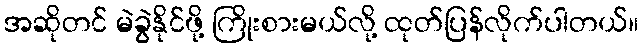
အဆိုတင် မဲခွဲနိုင်ဖို့ ကြိုးစားမယ်လို့ ထုတ်ပြန်လိုက်ပါတယ်။